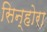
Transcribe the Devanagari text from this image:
सिन्होरा